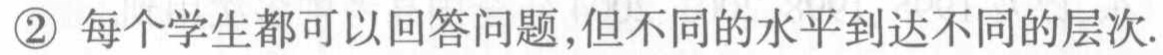
\textcircled{2} 每个学生都可以回答问题,但不同的水平到达不同的层次.